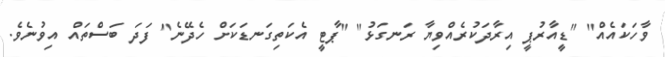
ވާހަކައެއް" "ޑީއާރުޕީ އިރާދަކުރެއްވިޔާ ރަނގަޅު" "ޕާޓީ އެކަތިގަނޑަކަށް ހެދޭނެ" ފަދަ ބަސްތައް އިވުނެވެ.